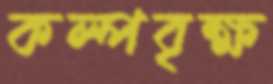
কল্পবৃক্ষ